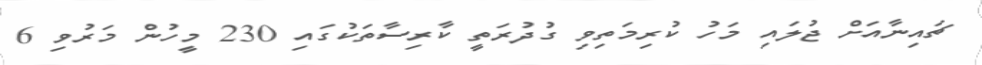
ޗައިނާއަށް ޖުލައި މަހު ކުރިމަތިވި ގުދުރަތީ ކާރިސާތަކުގައި 230 މީހުން މަރުވި 6